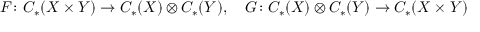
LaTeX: F \colon C _ { * } ( X \times Y ) \rightarrow C _ { * } ( X ) \otimes C _ { * } ( Y ) , \quad G \colon C _ { * } ( X ) \otimes C _ { * } ( Y ) \rightarrow C _ { * } ( X \times Y )